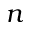
n